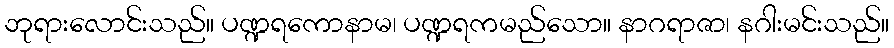
ဘုရားလောင်းသည်။ ပဏ္ဍရကောနာမ၊ ပဏ္ဍရကမည်သော။ နာဂရာဇာ၊ နဂါးမင်းသည်။